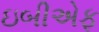
ઇબીએફ